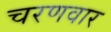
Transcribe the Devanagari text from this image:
चरणवार